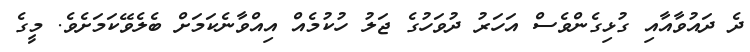
ދެ ދައުވާއާއި ގުޅިގެންވެސް އަހަރު ދުވަހުގެ ޖަލު ހުކުމެއް އިއްވާނެކަމަށް ބެލެވޭކަމަށެވެ. މީގެ